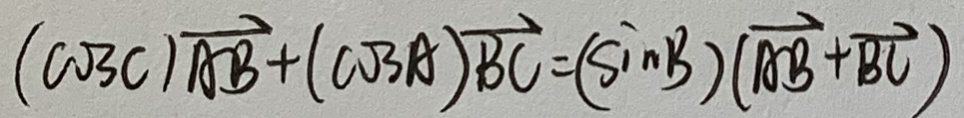
( \cos C ) \overrightarrow { A B } + ( \cos A ) \overrightarrow { B C } = ( \sin B ) ( \overrightarrow { A B } + \overrightarrow { B C } )